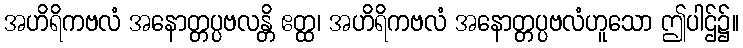
အဟိရိကဗလံ အနောတ္တပ္ပဗလန္တိ ဧတ္ထ၊ အဟိရိကဗလံ အနောတ္တပ္ပဗလံဟူသော ဤပါဌ်၌။